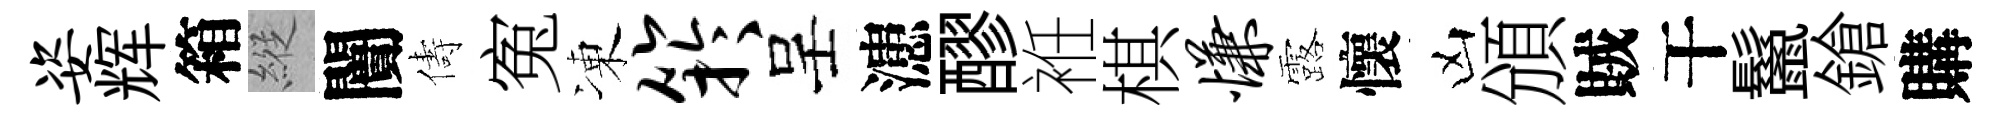
姿辉箱縱闠儔寃凍竽呈漶醪袵棋慊露懷凶頒賊干鬣鎗購